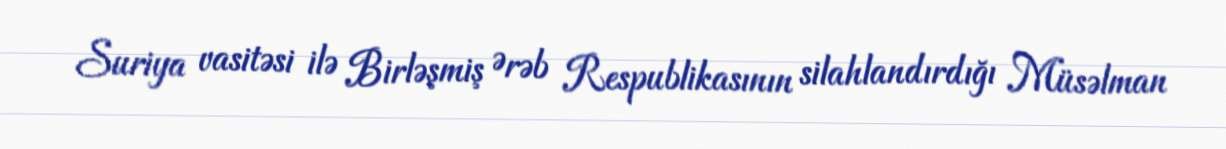
Suriya vasitəsi ilə Birləşmiş Ərəb Respublikasının silahlandırdığı Müsəlman